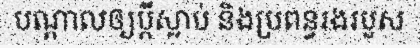
បណ្តាលឲ្យប្តីស្លាប់ និងប្រពន្ធរងរបួស